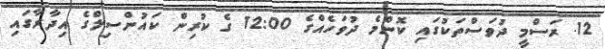
12. ރަސްމީ ދުވަސްތަކުގައި ކޮންމެ ދުވަހެއްގެ 12:00 ގެ ކުރިން ކައުންސިލްގެ އިދާރާގައި